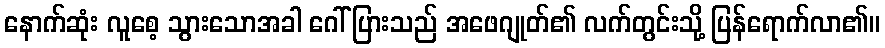
နောက်ဆုံး လူစေ့ သွားသောအခါ ဂေါ်ပြားသည် အဖေဂျုတ်၏ လက်တွင်းသို့ ပြန်ရောက်လာ၏။